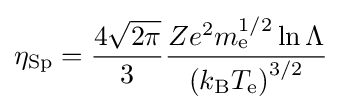
\eta _{\rm {Sp}}={\frac {4{\sqrt {2\pi }}}{3}}{\frac {Ze^{2}m_{\text{e}}^{1/2}\ln \Lambda }{\left(k_{\text{B}}T_{\text{e}}\right)^{3/2}}}